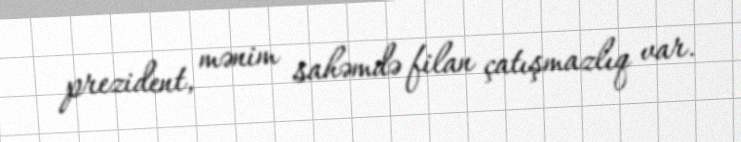
prezident, mənim sahəmdə filan çatışmazlıq var.